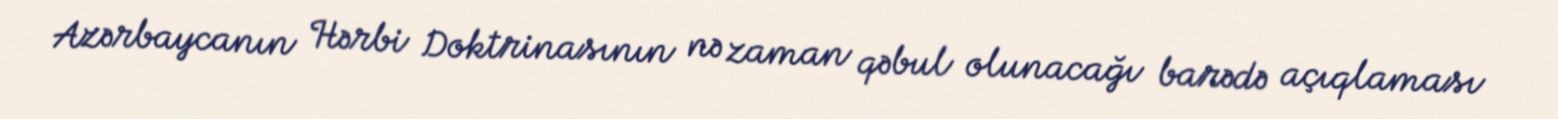
Azərbaycanın Hərbi Doktrinasının nə zaman qəbul olunacağı barədə açıqlaması